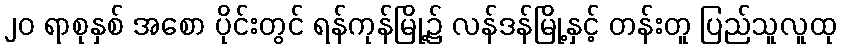
၂၀ ရာစုနှစ် အစော ပိုင်းတွင် ရန်ကုန်မြို့၌ လန်ဒန်မြို့နှင့် တန်းတူ ပြည်သူလူထု